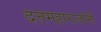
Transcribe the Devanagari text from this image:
दत्तमहाराजांनी